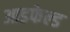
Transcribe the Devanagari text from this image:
आडफेल्ड